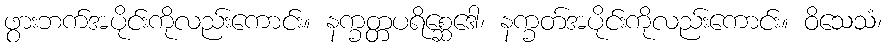
ဖွားဘက်အပိုင်းကိုလည်းကောင်း။ နက္ခတ္တပရိစ္ဆေဒေါ၊ နက္ခတ်အပိုင်းကိုလည်းကောင်း။ ဝိသေသံ၊